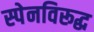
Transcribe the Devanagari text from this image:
स्पेनविरूद्ध